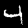
Digit: 4